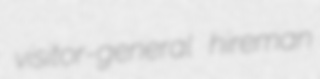
visitor-general hireman